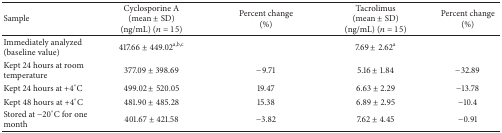
| Sample | Cyclosporine A(mean ± SD)(ng/mL) (n = 15) | Percent change(%) | Tacrolimus(mean ± SD)(ng/mL) (n = 15) | Percent change(%) |
 | --- | --- | --- | --- | --- |
 | Immediately analyzed (baseline value) | 417.66 ± 449.02a,b,c |  | 7.69 ± 2.62a |  |
 | Kept 24 hours at room temperature | 377.09 ± 398.69 | −9.71 | 5.16 ± 1.84 | −32.89 |
 | Kept 24 hours at +4°C | 499.02 ± 520.05 | 19.47 | 6.63 ± 2.29 | −13.78 |
 | Kept 48 hours at +4°C | 481.90 ± 485.28 | 15.38 | 6.89 ± 2.95 | −10.4 |
 | Stored at −20°C for one month | 401.67 ± 421.58 | −3.82 | 7.62 ± 4.45 | −0.91 |